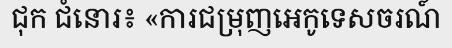
ជុក ជំនោរ៖ «ការជម្រុញអេកូទេសចរណ៍